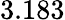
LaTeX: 3.183